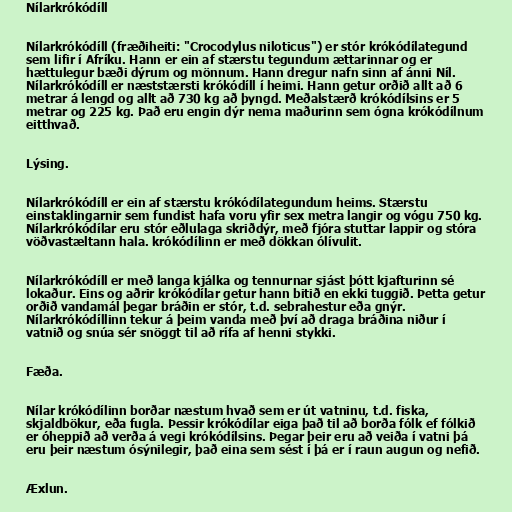
Nílarkrókódíll

Nílarkrókódíll (fræðiheiti: "Crocodylus niloticus") er stór krókódílategund
sem lifir í Afríku. Hann er ein af stærstu tegundum ættarinnar og er
hættulegur bæði dýrum og mönnum. Hann dregur nafn sinn af ánni Níl.
Nílarkrókódíll er næststærsti krókódíll í heimi. Hann getur orðið allt að 6
metrar á lengd og allt að 730 kg að þyngd. Meðalstærð krókódílsins er 5
metrar og 225 kg. Það eru engin dýr nema maðurinn sem ógna krókódílnum
eitthvað.

Lýsing.

Nílarkrókódíll er ein af stærstu krókódílategundum heims. Stærstu
einstaklingarnir sem fundist hafa voru yfir sex metra langir og vógu 750 kg.
Nílarkrókódílar eru stór eðlulaga skriðdýr, með fjóra stuttar lappir og stóra
vöðvastæltann hala. krókódílinn er með dökkan ólívulit.

Nílarkrókódíll er með langa kjálka og tennurnar sjást þótt kjafturinn sé
lokaður. Eins og aðrir krókódílar getur hann bitið en ekki tuggið. Þetta getur
orðið vandamál þegar bráðin er stór, t.d. sebrahestur eða gnýr.
Nílarkrókódíllinn tekur á þeim vanda með því að draga bráðina niður í
vatnið og snúa sér snöggt til að rífa af henni stykki.

Fæða.

Nílar krókódílinn borðar næstum hvað sem er út vatninu, t.d. fiska,
skjaldbökur, eða fugla. Þessir krókódílar eiga það til að borða fólk ef fólkið
er óheppið að verða á vegi krókódílsins. Þegar þeir eru að veiða í vatni þá
eru þeir næstum ósýnilegir, það eina sem sést í þá er í raun augun og nefið.

Æxlun.